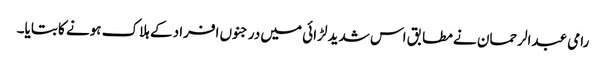
رامی عبدالرحمان نے مطابق اس شدید لڑائی میں درجنوں افراد کے ہلاک ہونے کا بتایا۔